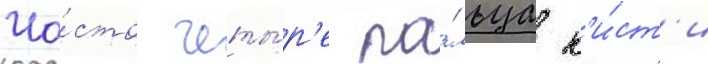
Ча́сто четы́р'е па́льца к'и́ст'и